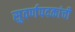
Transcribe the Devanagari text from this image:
सुवर्णपदकांची